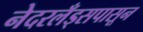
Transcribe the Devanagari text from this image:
नेदरलँड्सपासून